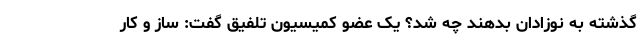
گذشته به نوزادان بدهند چه شد؟ یک عضو کمیسیون تلفیق گفت: ساز و کار